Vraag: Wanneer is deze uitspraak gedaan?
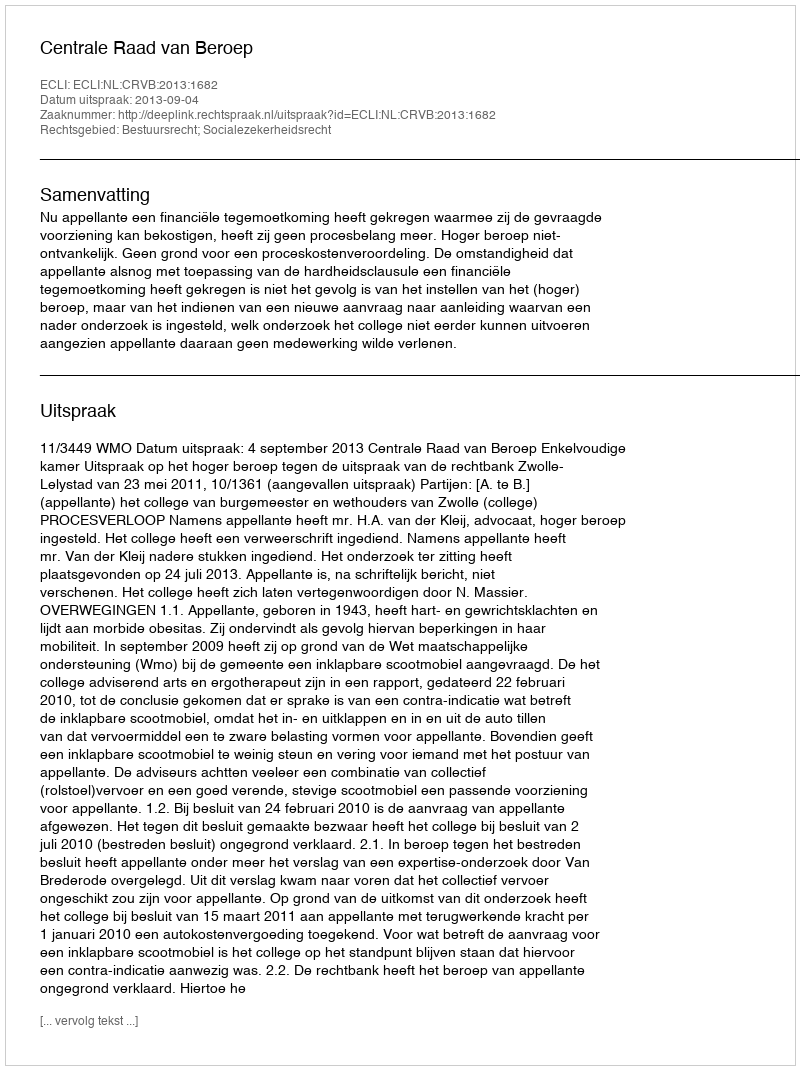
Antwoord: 2013-09-04